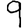
Digit: 9